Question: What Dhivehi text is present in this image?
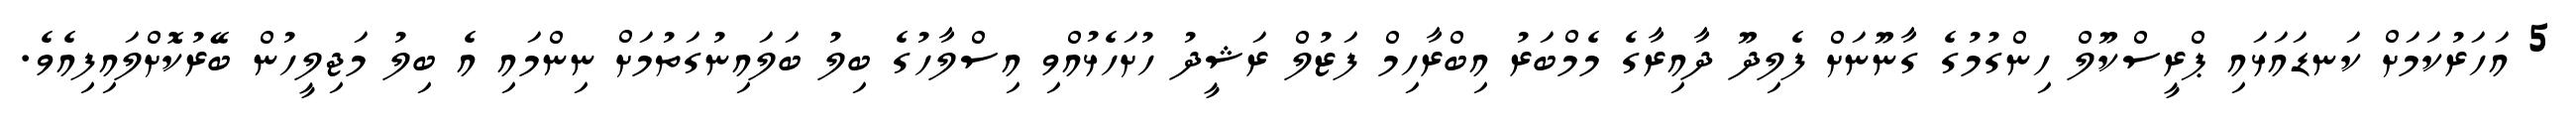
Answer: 5 އަހަރުކަމަށް ކަނޑައަޅައި ޕްރީސްކޫލް ހިންގުމުގެ ގާނޫނަށް ފެލިދޫ ދާއިރާގެ މެމްބަރު އިބްރާހިމް ފަޒުލް ރަޝީދު ހުށަހެޅުއްވި އިސްލާހުގެ ބިލު ބަލައިނުގަތުމަށް ނިންމައި އެ ބިލު މަޖިލީހުން ބޭރުކޮށްލައިފިއެވެ.